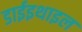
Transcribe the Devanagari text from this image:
डाईइथाइल